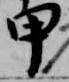
甲